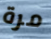
مرة